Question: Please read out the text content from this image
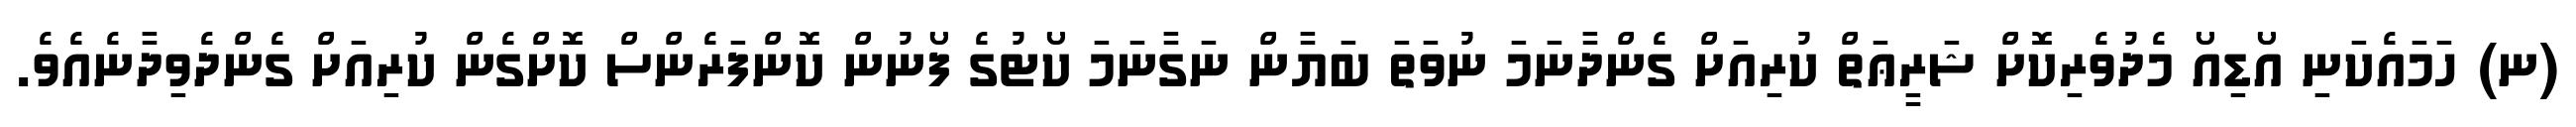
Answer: (ނ) ހަމައެކަނި އޯޑިއޯ މެދުވެރިކޮށް ޝަރީޢަތް ކުރިއަށް ގެންދާނަމަ ނުވަތަ ބަޔާން ނަގާނަމަ ކޯޓުގެ ފޯނުން ކޮންފަރެންސް ކޮށްގެން ކުރިއަށް ގެންދެވިދާނެއެވެ.